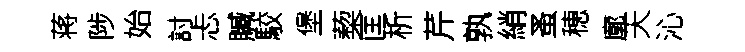
蒋陟始討忐贓駮堡蔾匡析芹孰綃蚤穂廓天沁